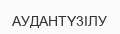
АУДАНТҮ3ІЛУ